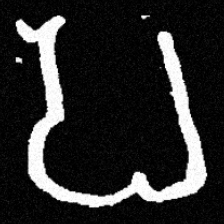
Pyu character \u2014 Myanmar letter: ပ (romanized: pa)